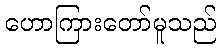
ဟောကြားတော်မူသည်